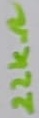
Text: 22KΩ